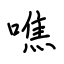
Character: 噍